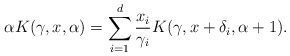
\begin{align*}\alpha K(\gamma, x, \alpha) = \sum_{i=1}^d \frac{x_i}{\gamma_i} K (\gamma, x + \delta_i, \alpha+1).\end{align*}